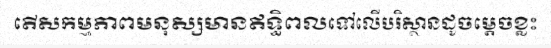
តើសកម្មភាពមនុស្សមានឥទ្ធិពលទៅលើបរិស្ថានដូចម្តេចខ្លះ